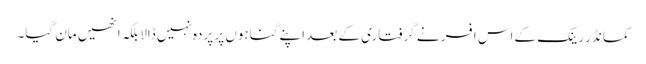
کمانڈر رینک کے اس افسر نے گرفتاری کے بعد اپنے گناہوں پر پردہ نہیں ڈالا بلکہ انھیں مان گیا۔